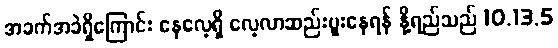
အခက်အခဲရှိကြောင်း နေလေ့ရှိ လေ့လာဆည်းပူးနေရန် နို့ရည်သည် 10.13.5